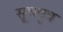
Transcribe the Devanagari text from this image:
सूत्रपुत्र